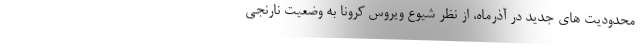
محدودیت های جدید در آذرماه، از نظر شیوع ویروس کرونا به وضعیت نارنجی